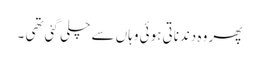
پھر وہ دندناتی ہوئی وہاں سے چلی گئی تھی ۔